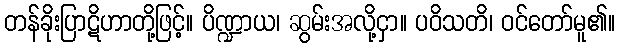
တန်ခိုးပြာဋိဟာတို့ဖြင့်။ ပိဏ္ဍာယ၊ ဆွမ်းအလို့ငှာ။ ပဝိသတိ၊ ဝင်တော်မူ၏။